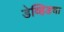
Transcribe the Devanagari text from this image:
डेव्हिडचा